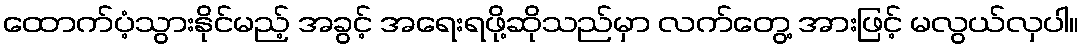
ထောက်ပံ့သွားနိုင်မည့် အခွင့် အရေးရဖို့ဆိုသည်မှာ လက်တွေ့ အားဖြင့် မလွယ်လှပါ။